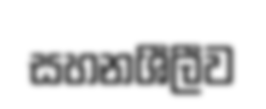
සහනශීලීව